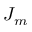
J _ { m }